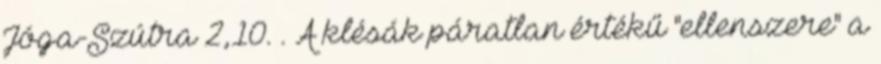
Jóga-Szútra 2,10. . A klésák páratlan értékű "ellenszere" a